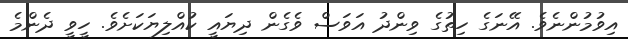
އިވުމުންނެވެ. އޭނަގެ ހިތުގެ ވިންދު އަވަސް ވެގެން ދިޔައީ ކުއްލިޔަކަށެވެ. ހީވީ ދެންމެ